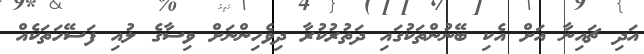
އަދި ޗައިނާ އަށް އެކި ބޭނުންތަކުގައި ދަތުރުކުރާ ދިވެހިންނަށް ވިސާގެ ލުއި ފަސޭހަތަކެއް